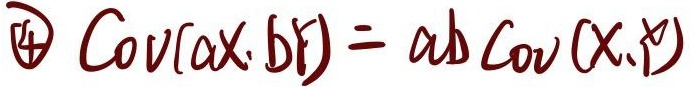
$\textcircled{4} \ Cov(aX, bY) = ab \ Cov(X,Y)$